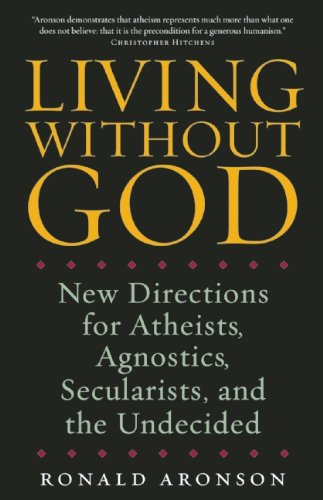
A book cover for Living Without God: New Directions for Atheists, Agnostics, Secularists, and the Undecided; Ronald Aronson; Religion & Spirituality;